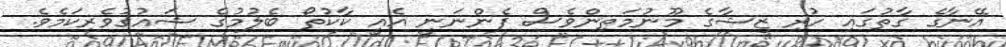
އޭނާގެ ގާތުގައި ހުރި ޒީޝާގެ މޫނުމަތިންވެސް ފެންނަނީ އެއީ ކާކުތޯ ބެލުމުގެ ޝައުގުވެރިކަމެވެ.